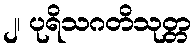
၂၊ ပုရိသဂတိသုတ္တ